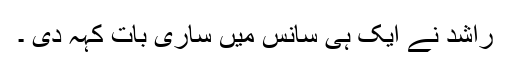
راشد نے ایک ہی سانس میں ساری بات کہہ دی ۔